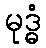
မုဒ္ဓံ